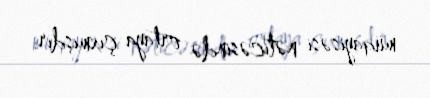
müqayisəsi nəticəsində ortaya çıxmışdır.